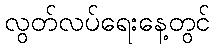
လွတ်လပ်ရေးနေ့တွင်